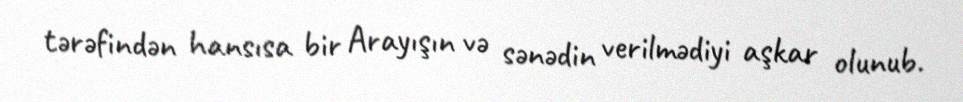
tərəfindən hansısa bir Arayışın və sənədin verilmədiyi aşkar olunub.